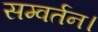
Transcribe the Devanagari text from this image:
सम्वर्तन।